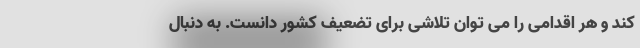
کند و هر اقدامی را می توان تلاشی برای تضعیف کشور دانست. به دنبال